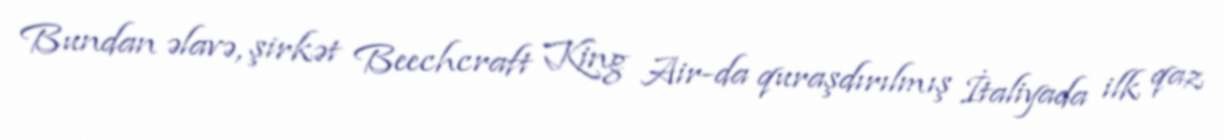
Bundan əlavə, şirkət Beechcraft King Air-da quraşdırılmış İtaliyada ilk qaz